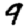
Digit: 9